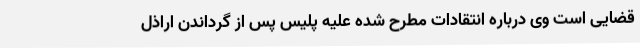
قضایی است وی درباره انتقادات مطرح شده علیه پلیس پس از گرداندن اراذل